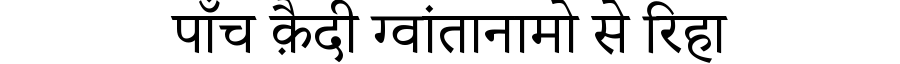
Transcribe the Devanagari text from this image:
पाँच क़ैदी ग्वांतानामो से रिहा